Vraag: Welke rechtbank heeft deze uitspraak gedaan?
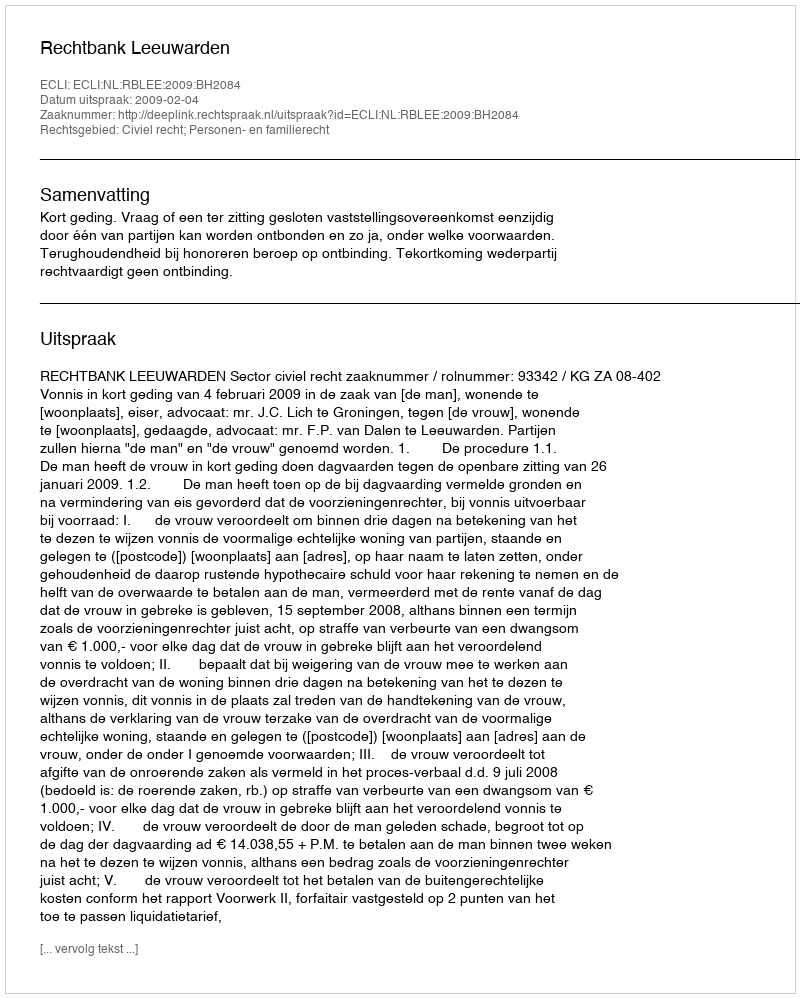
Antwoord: Rechtbank Leeuwarden